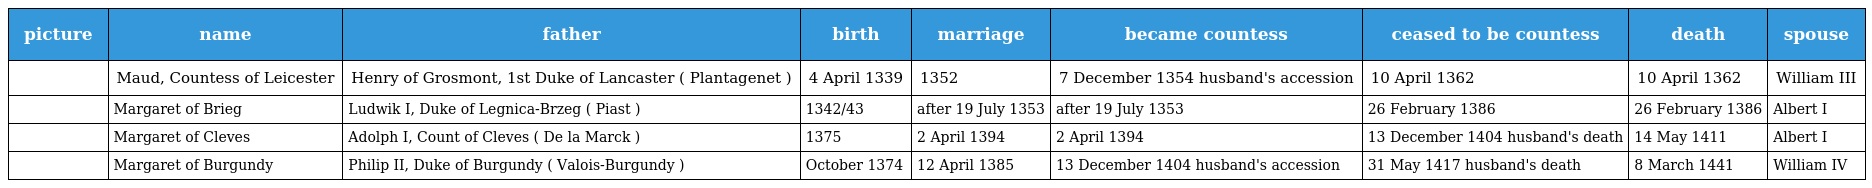
| picture | name | father | birth | marriage | became countess | ceased to be countess | death | spouse |
 | --- | --- | --- | --- | --- | --- | --- | --- | --- |
 |  | Maud, Countess of Leicester | Henry of Grosmont, 1st Duke of Lancaster ( Plantagenet ) | 4 April 1339 | 1352 | 7 December 1354 husband's accession | 10 April 1362 | 10 April 1362 | William III |
 |  | Margaret of Brieg | Ludwik I, Duke of Legnica-Brzeg ( Piast ) | 1342/43 | after 19 July 1353 | after 19 July 1353 | 26 February 1386 | 26 February 1386 | Albert I |
 |  | Margaret of Cleves | Adolph I, Count of Cleves ( De la Marck ) | 1375 | 2 April 1394 | 2 April 1394 | 13 December 1404 husband's death | 14 May 1411 | Albert I |
 |  | Margaret of Burgundy | Philip II, Duke of Burgundy ( Valois-Burgundy ) | October 1374 | 12 April 1385 | 13 December 1404 husband's accession | 31 May 1417 husband's death | 8 March 1441 | William IV |